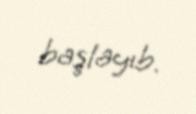
başlayıb.